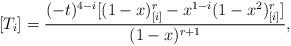
LaTeX: \begin{align*}[T_i] = \frac{(-t)^{4-i}[(1-x)^r_{[i]}-x^{1-i}(1-x^2)^r_{[i]}]}{(1-x)^{r+1}}, \end{align*}